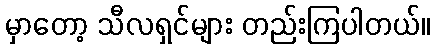
မှာတော့ သီလရှင်များ တည်းကြပါတယ်။